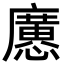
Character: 懬